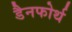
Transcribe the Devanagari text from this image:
डैनफोर्थ